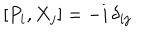
[ P _ { i } , X _ { j } ] = - i \, \delta _ { i j }